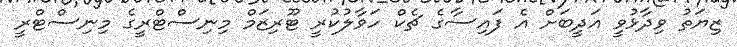
ޒިޔަތު ވިދާޅުވީ އަދީބަށް އެ ފައިސާގެ ޗެކް ހަވާލުކުރީ ޓޫރިޒަމް މިނިސްޓްރީގެ މިނިސްޓްރީ